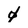
Character: 0